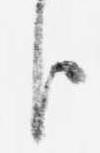
臣